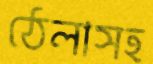
ঠেলাসহ